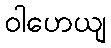
ဝါဟေယျ